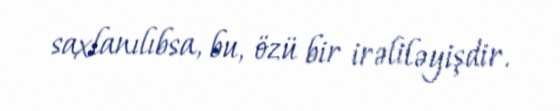
saxlanılıbsa, bu, özü bir irəliləyişdir.